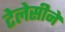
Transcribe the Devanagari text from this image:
टेलेसीने